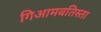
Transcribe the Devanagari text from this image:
गिआमबतिस्ता